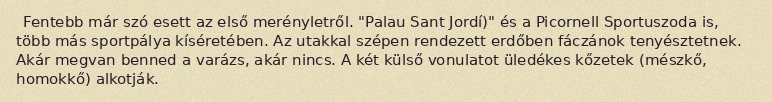
Fentebb már szó esett az első merényletről. "Palau Sant Jordí)" és a Picornell Sportuszoda is, több más sportpálya kíséretében. Az utakkal szépen rendezett erdőben fáczánok tenyésztetnek. Akár megvan benned a varázs, akár nincs. A két külső vonulatot üledékes kőzetek (mészkő, homokkő) alkotják.